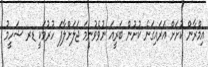
އިމްރާން ކުށަށް އަރައިގަނެ ކުށުން ބަރީއަ ނުވެވުނީމަ ޖަލަށްލާފަ ހުރުމަކީ ޑރ ޝަހީމު